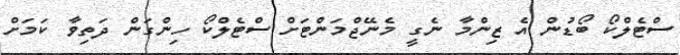
ސްޓެލްކޯ ބޯޑުން އެ ޒިންމާ ނެގީ މެނޭޖްމަންޓަށް ސްޓެލްކޯ ހިންގަން ދަތިވާ ކަމަށް